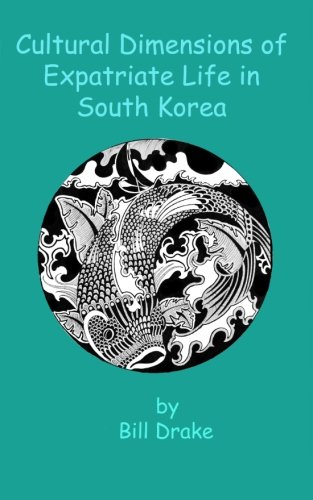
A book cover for Cultural Dimensions of Expatriate Life in South Korea; Bill Drake; Travel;